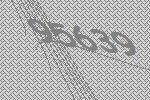
95639